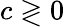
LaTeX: c\gtrless 0